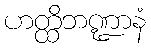
ဟတ္ထိဘဏ္ဍာနံ